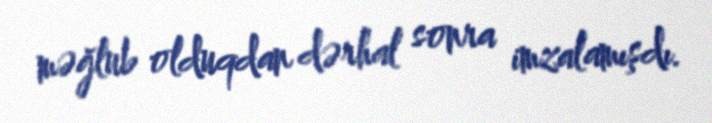
məğlub olduqdan dərhal sonra imzalamışdı.